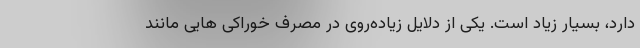
دارد، بسیار زیاد است. یکی از دلایل زیاده‌روی در مصرف خوراکی هایی مانند